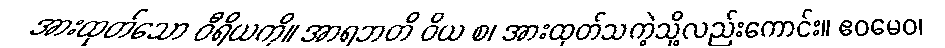
အားထုတ်သော ဝီရိယကို။ အာရဘတိ ဝိယ စ၊ အားထုတ်သကဲ့သို့လည်းကောင်း။ ဧဝမေဝ၊